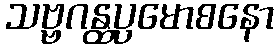
သဗ္ဗဂန္ထပ္ပမောစနော